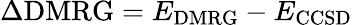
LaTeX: \Delta\mathrm{DMRG}=E_{\mathrm{DMRG}}-E_{\mathrm{CCSD}}